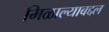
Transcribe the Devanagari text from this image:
मिळाल्याबद्दल